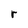
Character: r